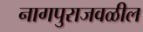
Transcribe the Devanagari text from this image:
नागपुराजवळील